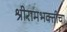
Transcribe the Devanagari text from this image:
श्रीरामभक्तीचा